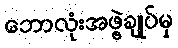
ဘောလုံးအဖွဲ့ချုပ်မှ